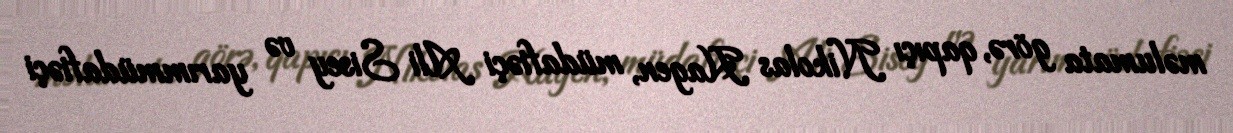
məlumata görə, qapıçı Nikolas Hagen, müdafiəçi Ali Sisey və yarımmüdafiəçi